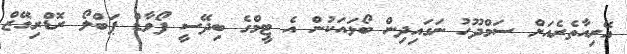
އޭރިއާތެރެއަށް ސަމްދޫހު ނަގައިދިން ބޯޅައަކުން އެ ޓީމްގެ ބިދޭސީ ފޯވާޑް ޕަބްލޯ ރޮޑްރިގޭޒް